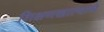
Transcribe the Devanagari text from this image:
शिक्षणखात्याचे